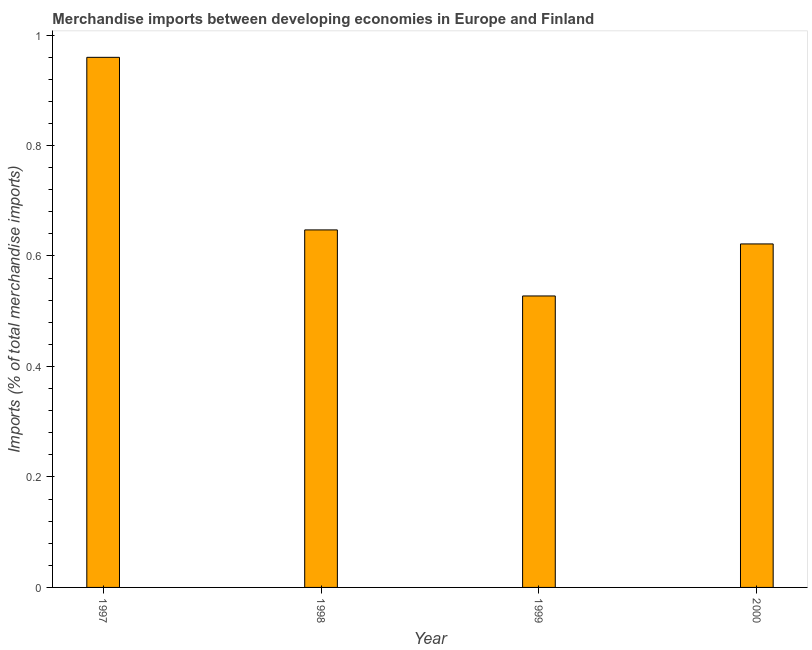
| Year | Merchandise imports |
 | --- | --- |
 | 1997 | 0.96 |
 | 1998 | 0.647 |
 | 1999 | 0.528 |
 | 2000 | 0.622 |